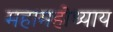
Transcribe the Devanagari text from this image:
महामहोध्याय